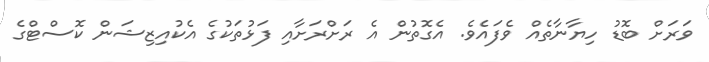
ވަރަށް ބޮޑު ހިޔާނާތެއް ވެފައެވެ. އެގޮތުން އެ ރަށްރަށާއި ފަޅުތަކުގެ އެކުއިޒިޝަން ކޮސްޓްގެ